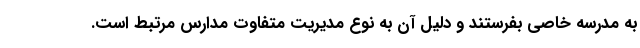
به مدرسه خاصی بفرستند و دلیل آن به نوع مدیریت متفاوت مدارس مرتبط است.